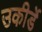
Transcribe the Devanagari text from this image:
उकीर्डे